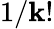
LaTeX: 1/\mathbf{k}!